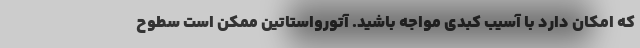
که امکان دارد با آسیب کبدی مواجه باشید. آتورواستاتین ممکن است سطوح